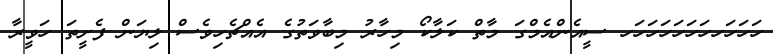
ހަހަހަހހަހަހަހަހަހަހ ސީއެންއެމްގަ މާތް ކަލާކޯ މިހާރު މިބާވަތުގެ އެއްޗެހިވެސް ލިޔަން ފެށީތަ ހަވީރާ